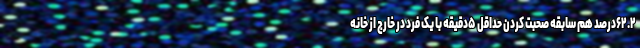
۶۲.۲درصد هم سابقه صحبت کردن حداقل ۵دقیقه با یک فرد در خارج از خانه